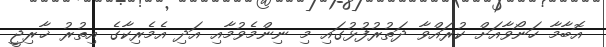
އޮބާމާ ހަނޯވާއަށް ކުރައްވާ ދަތުރުފުޅުގައި މި ނިންމެވުމާއި އަދި އެމެރިކާގެ އިތުރު ޚާރިޖީ